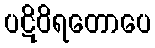
ပဋိဝိရတောပေ